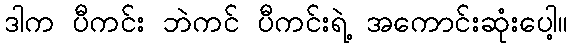
ဒါက ပီကင်း ဘဲကင် ပီကင်းရဲ့ အကောင်းဆုံးပေါ့။